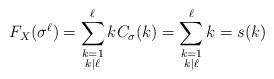
LaTeX: \begin{align*}F_X(\sigma^{\ell}) = \sum_{\substack{ k= 1 \\ k|\ell}}^{\ell} k C_{\sigma}(k)= \sum_{\substack{ k= 1 \\ k|\ell}}^{\ell} k = s(k)\end{align*}